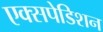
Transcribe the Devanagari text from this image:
एक्सपेडिशन